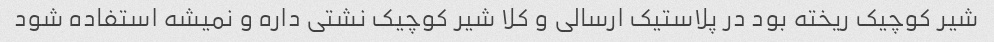
شیر کوچیک ریخته بود در پلاستیک ارسالی و کلا شیر کوچیک نشتی داره و نمیشه استفاده شود